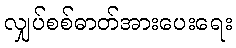
လျှပ်စစ်ဓာတ်အားပေးရေး